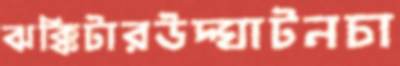
ঝক্কিটারউদ্ঘাটনচা